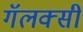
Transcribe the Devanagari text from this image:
गॅलक्सी